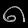
Digit: ၈